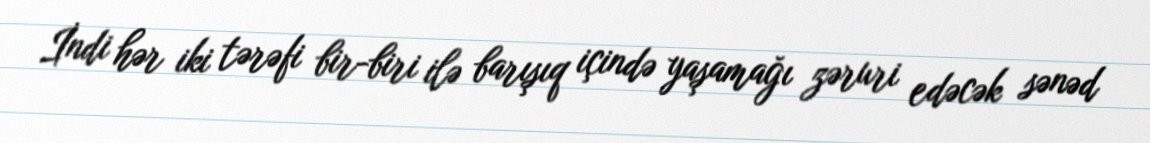
İndi hər iki tərəfi bir-biri ilə barışıq içində yaşamağı zəruri edəcək sənəd